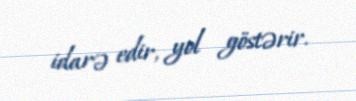
idarə edir, yol göstərir.